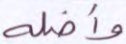
وأضله